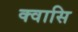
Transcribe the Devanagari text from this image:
क्वासि